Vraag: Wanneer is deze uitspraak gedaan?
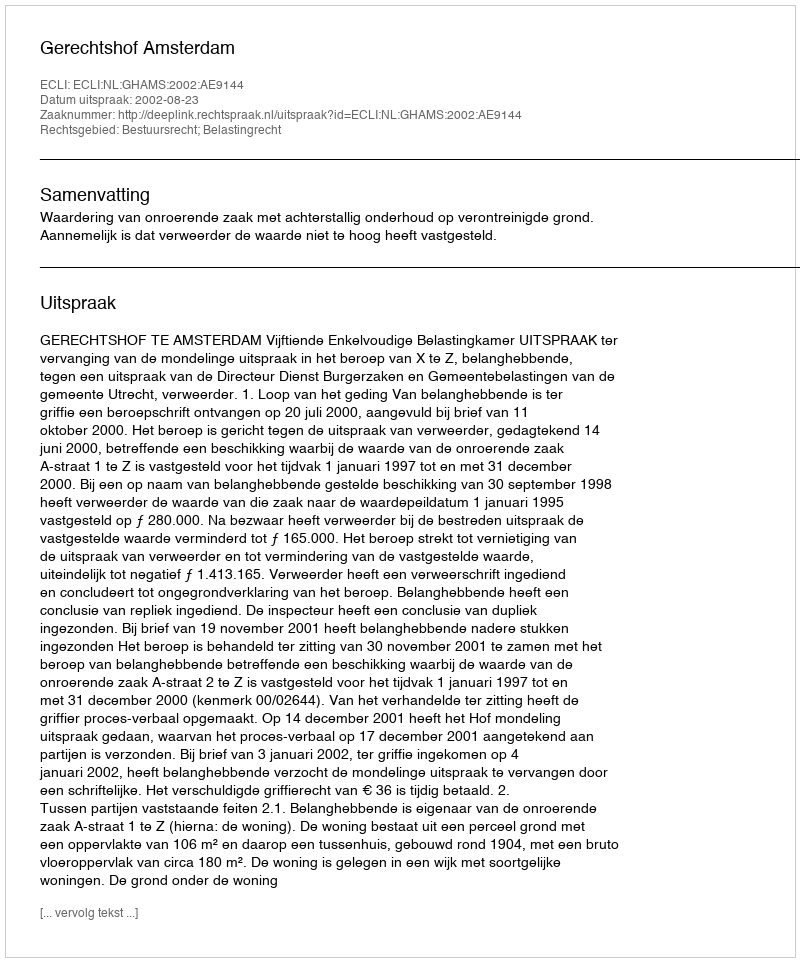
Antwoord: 2002-08-23